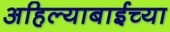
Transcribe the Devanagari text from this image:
अहिल्याबाईच्या